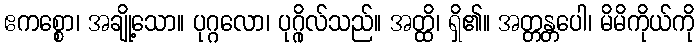
ဧကစ္စော၊ အချို့သော။ ပုဂ္ဂလော၊ ပုဂ္ဂိုလ်သည်။ အတ္ထိ၊ ရှိ၏။ အတ္တန္တပေါ၊ မိမိကိုယ်ကို